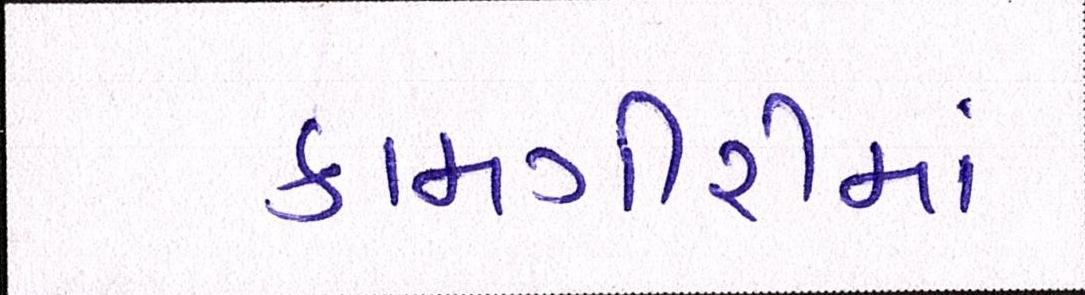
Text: કામગીરીમાં